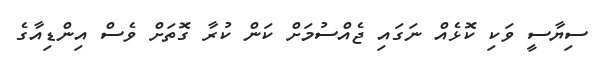
ސިޔާސީ ވަކި ކޮޅެއް ނަގައި ޖެއްސުމަށް ކަން ކުރާ ގޮތަށް ވެސް އިންޑިއާގެ